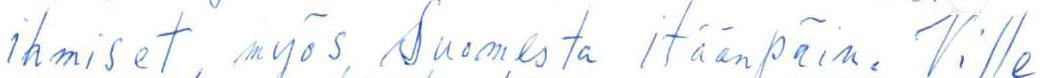
ihmiset, myös Suomesta itäänpäin. Ville